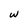
Character: w